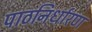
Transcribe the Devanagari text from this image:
पाठनिर्धारण